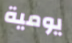
يومية